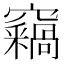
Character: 𥩈